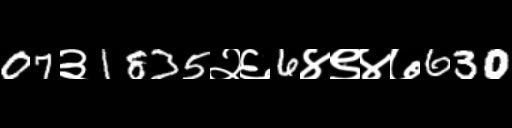
Text: 07३1835२६6४९४७630